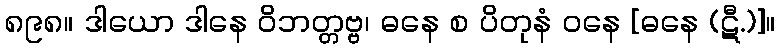
၈၉၈။ ဒါယော ဒါနေ ဝိဘတ္တဗ္ဗ၊ ဓနေ စ ပိတုနံ ဝနေ [ဓနေ (ဋီ.)]။